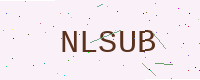
Text: NLSUB